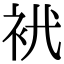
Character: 𧘵